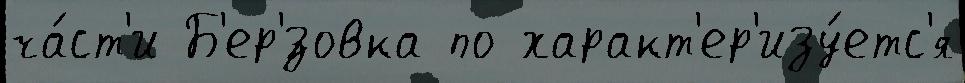
ча́ст'и Б'ер'́зовка по характ'ер'изу́етс'я